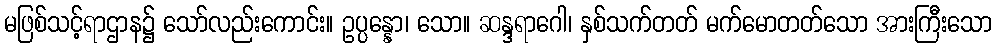
မဖြစ်သင့်ရာဌာန၌ သော်လည်းကောင်း။ ဥပ္ပန္နော၊ သော။ ဆန္ဒရာဂေါ၊ နှစ်သက်တတ် မက်မောတတ်သော အားကြီးသော